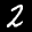
Label: 2